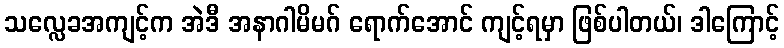
သလ္လေခအကျင့်က အဲဒီ အနာဂါမိမဂ် ရောက်အောင် ကျင့်ရမှာ ဖြစ်ပါတယ်၊ ဒါကြောင့်